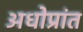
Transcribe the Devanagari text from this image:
अधोप्रांत